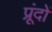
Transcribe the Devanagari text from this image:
प्रूंदों